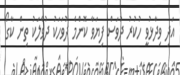
އަދި ވިދާޅުވީ ހުކުރު ދުވަސް ފިޔަވާ ކޮންމެ ދުވަހަކު ދުވާލަކު ތިން ކާގޯ